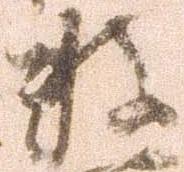
数